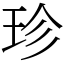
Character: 珍